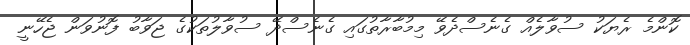
ކޮންމެ ރެޔަކު ސުވާލެއް ގެނެސްދެވޭ މިމުބާރާތުގައި ގެނެސްދޭ ސުވާލުތަކުގެ ޖަވާބު ފޮނުވަން ޖެހޭނީ